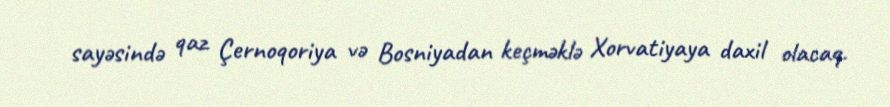
sayəsində qaz Çernoqoriya və Bosniyadan keçməklə Xorvatiyaya daxil olacaq.